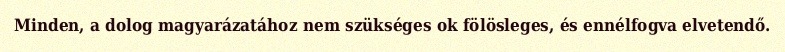
Minden, a dolog magyarázatához nem szükséges ok fölösleges, és ennélfogva elvetendő.